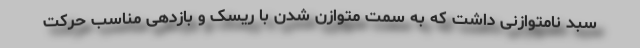
سبد نامتوازنی داشت که به سمت متوازن شدن با ریسک و بازدهی مناسب حرکت